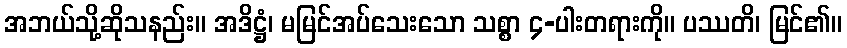
အဘယ်သို့ဆိုသနည်း။ အဒိဋ္ဌံ၊ မမြင်အပ်သေးသော သစ္စာ ၄-ပါးတရားကို။ ပဿတိ၊ မြင်၏။